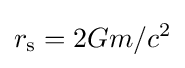
r_{\text{s}}=2Gm/c^{2}